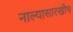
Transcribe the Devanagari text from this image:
नाल्यासारखीच